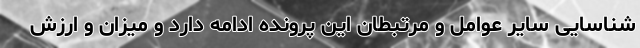
شناسایی سایر عوامل و مرتبطان این پرونده ادامه دارد و میزان و ارزش